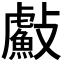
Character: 𭤐